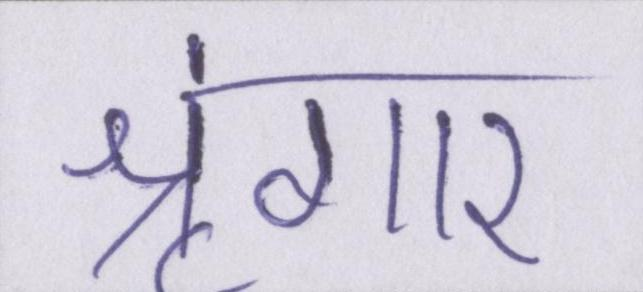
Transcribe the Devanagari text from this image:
श्रृंगार